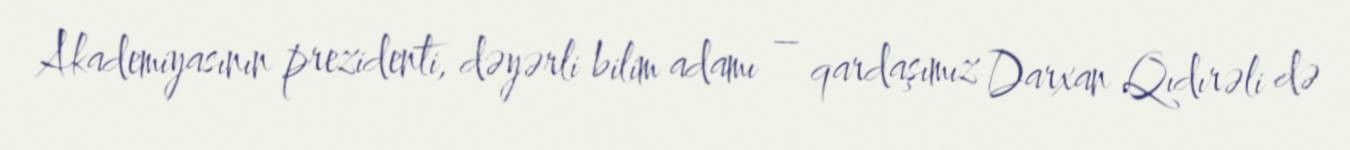
Akademiyasının prezidenti, dəyərli bilim adamı – qardaşımız Darxan Qıdırəli də